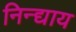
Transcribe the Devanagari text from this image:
निन्द्याय